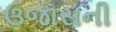
ઉજાસની